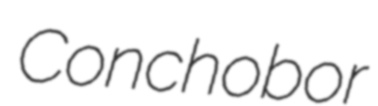
Conchobor